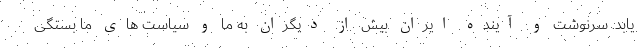
یابد‌. سرنوشت و آینده ایران بیش از دیگران به ما و سیاست های ما بستگی